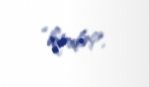
“kimdir?.